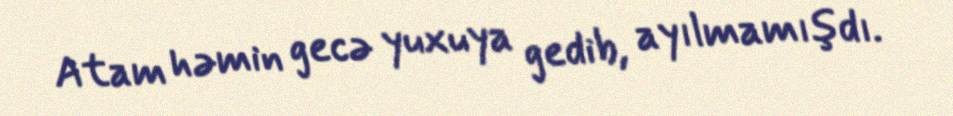
Atam həmin gecə yuxuya gedib, ayılmamışdı.